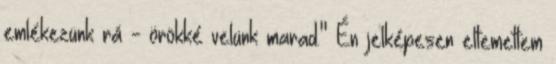
emlékezünk rá - örökké velünk marad." Én jelképesen eltemettem